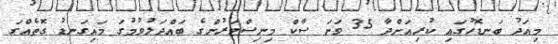
މިއަދު ބަނޑޮހުގައި ކުރިއަށްދާ 35 ވަނަ ސާކް މިނިސްޓަރުންގެ ބައްދަލުވުމުގަ މައިގަނޑު ގޮތެއްގަ